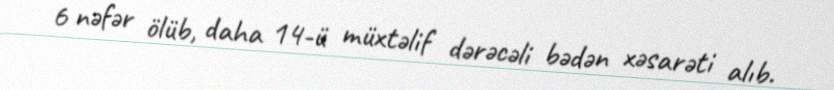
6 nəfər ölüb, daha 14-ü müxtəlif dərəcəli bədən xəsarəti alıb.